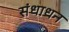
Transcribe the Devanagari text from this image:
संधाधन